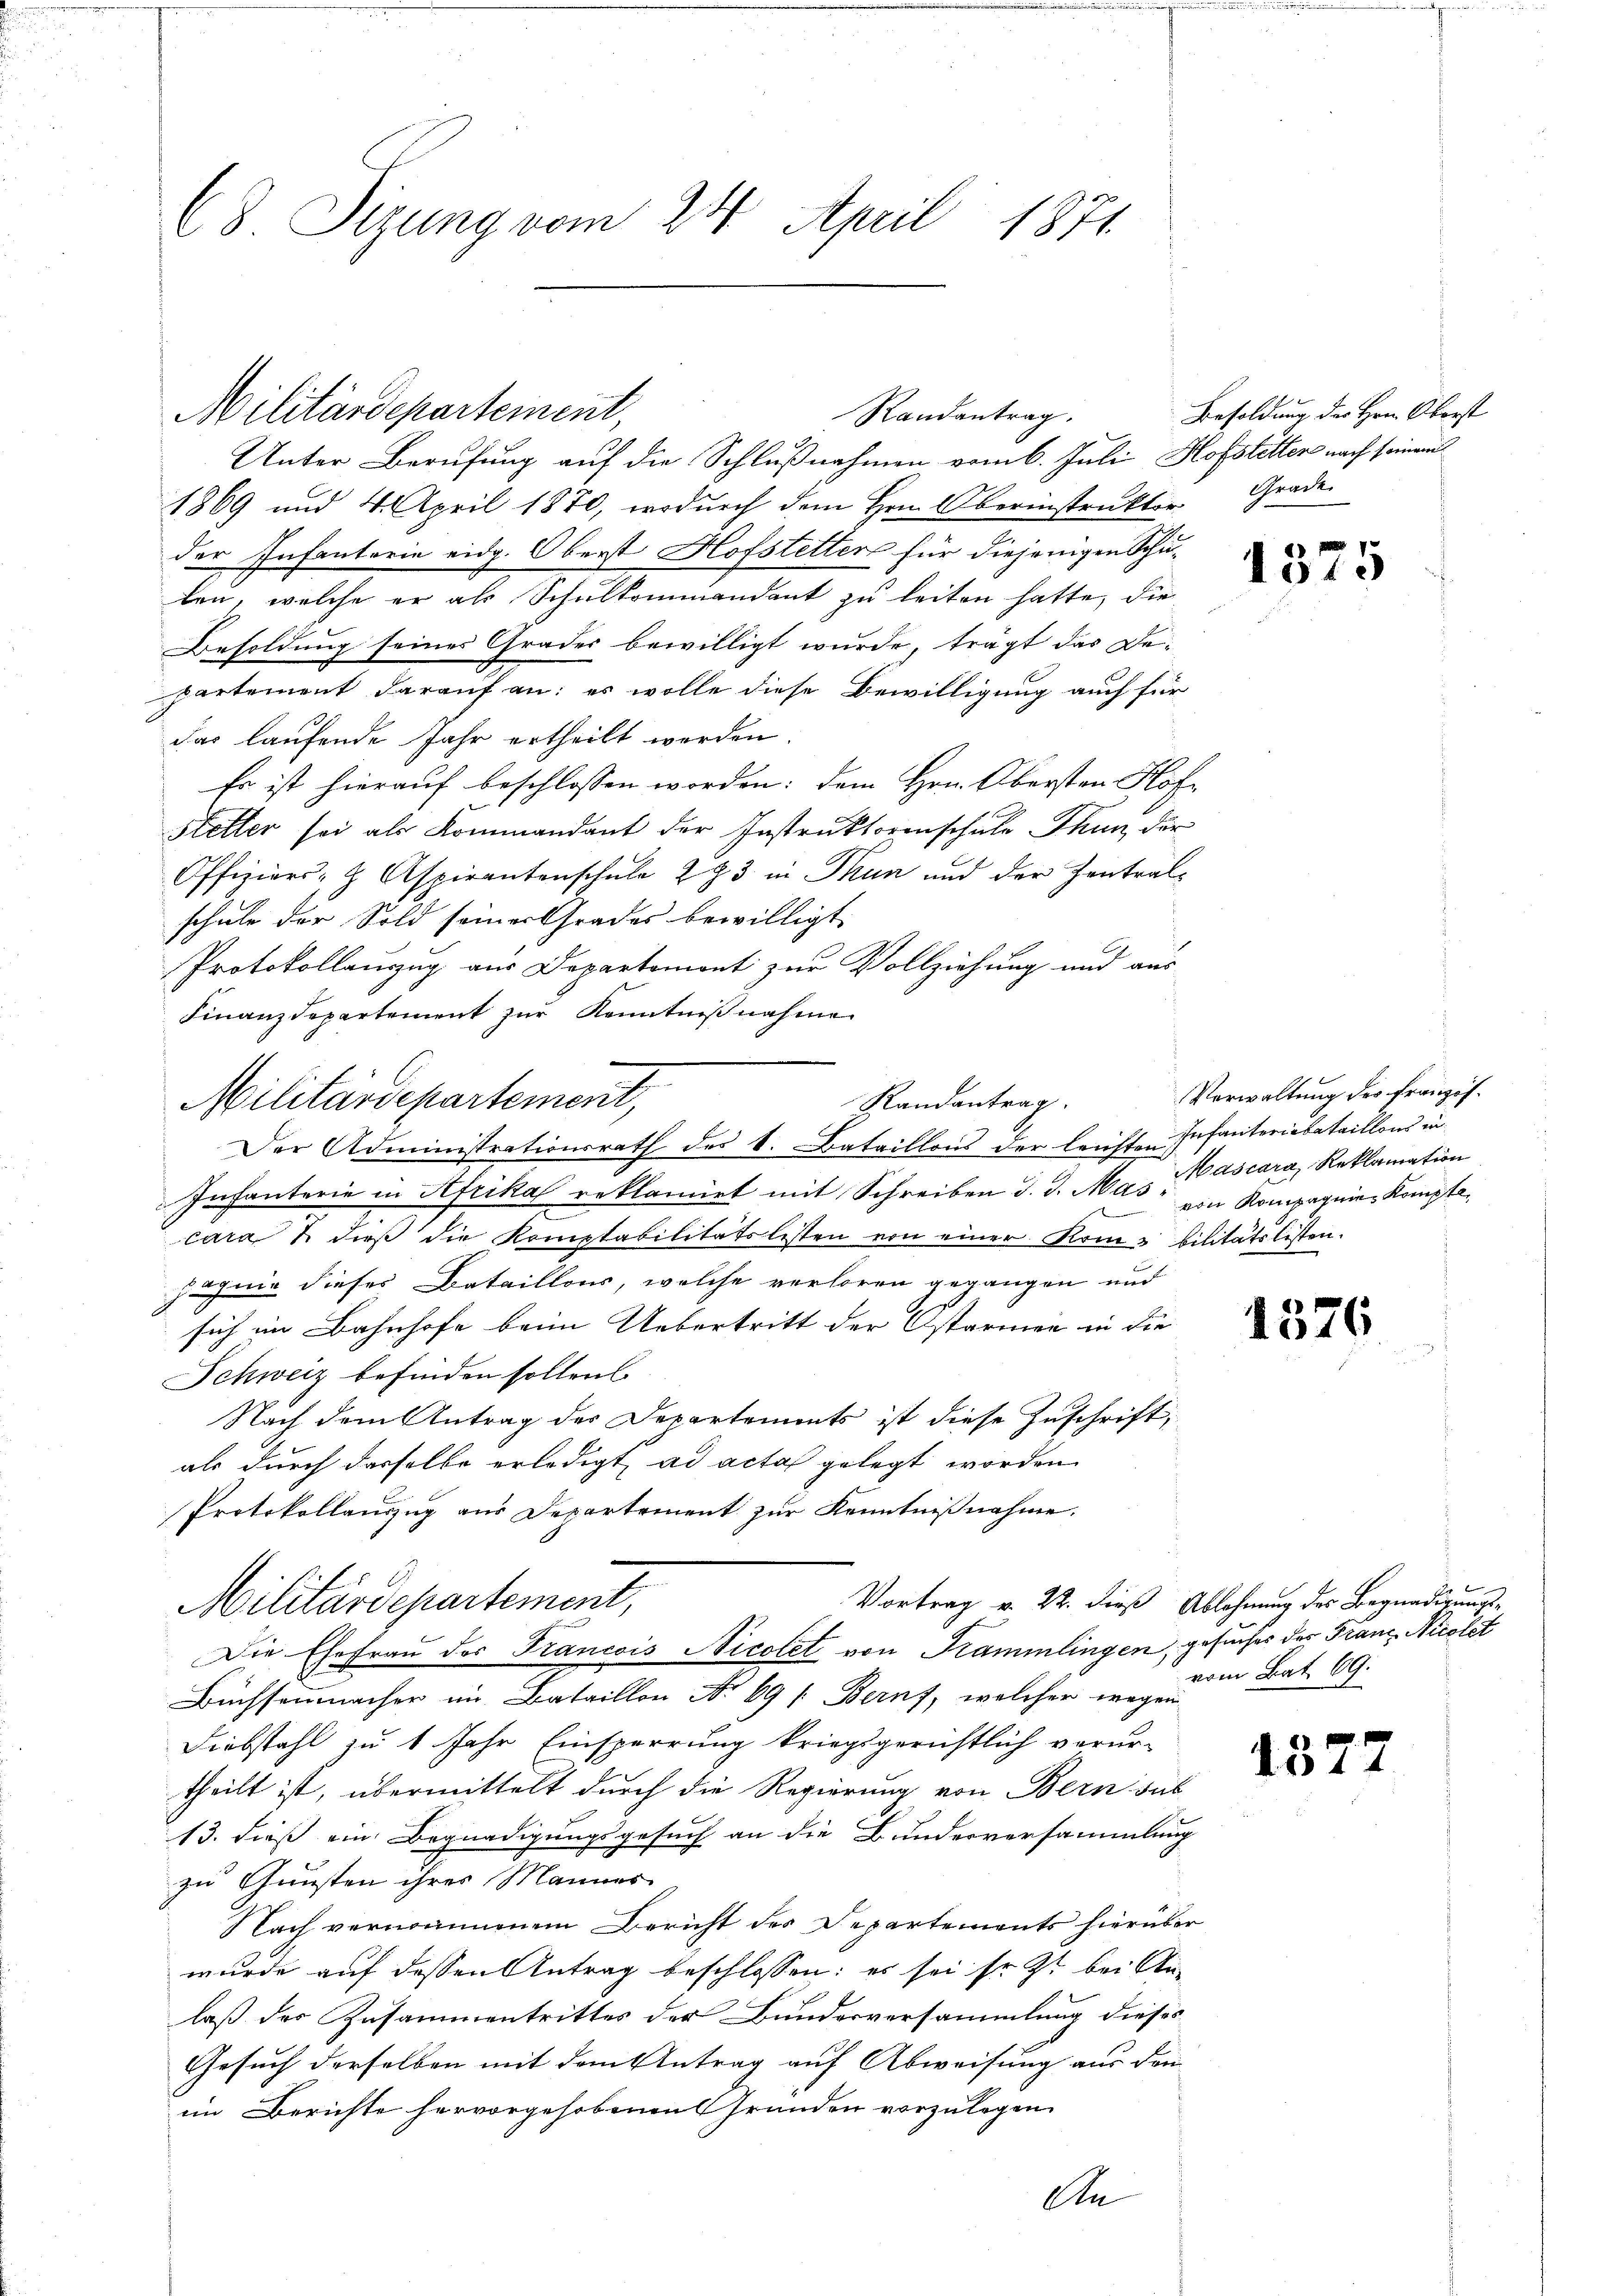
C8. Sizung vom 24. April 1871

1869 und 4. April 1870, wodurch dem Hrn. Oberinstrukter Grade
der Infanterie eidg. Oberst Hofstetter für diejenigen Schulen, welche er als Schulkommandant zu leiten hatte, die
Besoldung seines Grader bewilligt wurde, trägt das Departement darauf an: es wolle diese Bewilligung auch für
das laufende Jahr ertheilt werden
Es ist hierauf beschlossen worden: dem Hrn. Obersten Klof¬
Sletter sei als Kommandant der Instruktorenschule Thun, der
Offiziers- & Aspirantenschule 233 in Thun und der Zentralschule der Sold seiner Grades bewilligt.
Protokollanzug aus Departemont zur Vollziehung und aus
Finanzdepartement zur Kenntnißnahme
Infanterie in Afrikas reklamirt mit Schreiben d. d. Mas "Hascara, Reklamation
cara & dieß die Komptabilitätslisten von einer Komm bilitätslisten.
jähnig dieses Bataillons, welche verloren gegangen und
sich im Bahnhofe beim Uebertritt der Ostarmen in die
Schweiz befinden sollen
Nach dem Antrag des Departements ist diese Zuschrift,
als durch dasselbe erledigt, ad acta gelegt worden
Protokollauszug aus Departement zur Kenntnißnahme.
Vortrag v. 22. dieß Ablehnung des Begnadigungs¬
Militärdepartement,
Die Ehefrau der Francois Nicolet von Kammlingen, gesuches des Franz, Nicolst
Buchsammmacher im Bataillon No 69 [: Beruf, welcher wegen
Diebstahl zu 1 Jahr Einsperrung kriegsgerichtlich verur-
theilt ist, übermittelt durch die Regierung von Bern sub
13. dieß ein Begnadigungsgesuch an die Bundesversammlung
zu Gunsten ihres Mannes
Nach vernommenem Bericht der Departements hierüber
wurde auf dessen Antrag beschlossen: es sei fr. Zt. bei Stulaß des Zusammentrittes der Bunderversammlung dieses
Gesuch derselben mit dem Antrag auf Abweisung aus dem
im Berichte hervorgehobenen Grunden vorzulegen
An

Militärdepartement,
Randantrag.
Unter Berufung auf die Schlußnahmen vom 6. Juli, Hofstetter nach seinem

Militärdepartement,
Slandantrag.
Der Administrationsrath des k. Bataillons der leichten Infanterietataillons in

Besoldung des Hrn. Oberst

1375

Verwaltung des französvon Kompagnie Kompte

vom Bat. 69.

1377